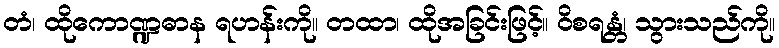
တံ၊ ထိုကောဏ္ဍဓာန ရဟန်းကို။ တထာ၊ ထိုအခြင်းဖြင့်။ ဝိစရန္တံ၊ သွားသည်ကို။